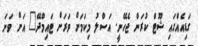
ގަޑިއެއްގައި ޝޫޓް ކުރަން ޖެހޭނީ. އަސްލު މިކަމަށް ވަރަށް ޓައިމްދޭ" އަށް ވަނަ